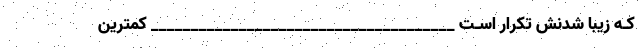
کـه زیبا شدنش تکرار اسـت ______________________________________ کمترین